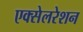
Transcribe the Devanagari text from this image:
एक्‍सेलरेशन